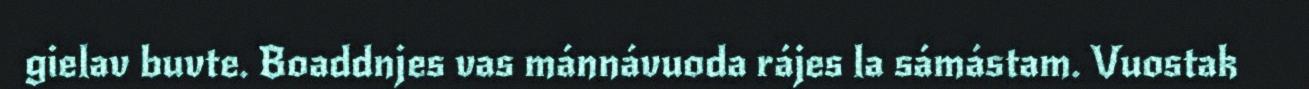
gielav buvte. Boaddnjes vas mánnávuoda rájes la sámástam. Vuostak